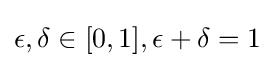
\epsilon ,\delta \in [0,1],\epsilon +\delta =1